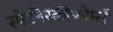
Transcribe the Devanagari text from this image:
स्फेनिस्कीफोर्म्स